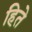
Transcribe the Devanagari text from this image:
हिते